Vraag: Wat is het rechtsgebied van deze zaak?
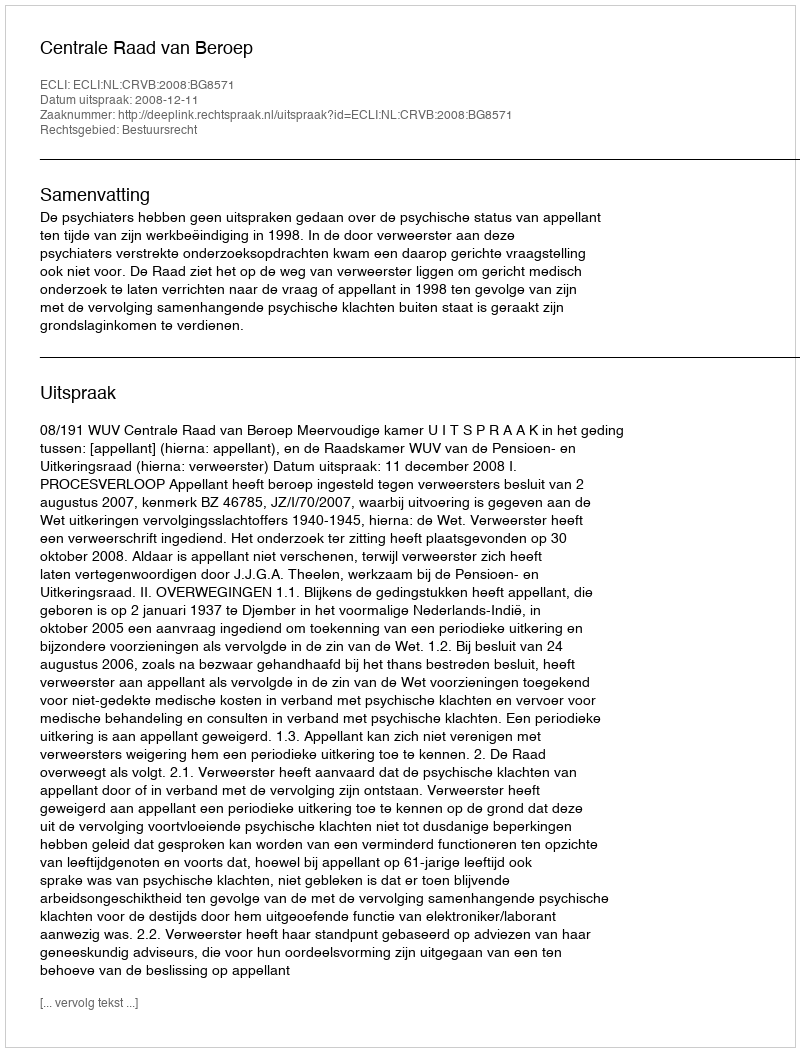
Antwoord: Bestuursrecht